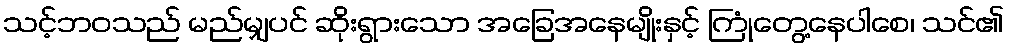
သင့်ဘဝသည် မည်မျှပင် ဆိုးရွားသော အခြေအနေမျိုးနှင့် ကြုံတွေ့နေပါစေ၊ သင်၏